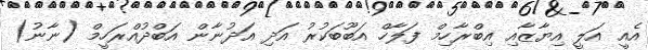
އެއީ އަލީ އިޔާޒާއި އިބްރާހިމް ފަލާހް އަބޫބަކުރު އަދި އަދުނާން އަބްދުއްރަހީމް (ނާނު)